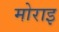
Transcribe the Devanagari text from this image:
मोराइ